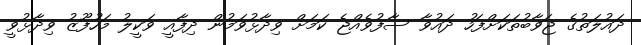
ދައުލަތުގެ ޖަވާބުތަކަށްފަހު ދައުވާ ސާފުވެއްޖެ ކަމަށް ވިދާޅުވަމުން ދިފާއީ ވަކީލު މަހުފޫޒު ވިދާޅުވީ